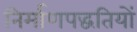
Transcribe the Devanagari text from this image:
निर्माणपद्धतियों